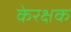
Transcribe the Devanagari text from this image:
केरक्षक